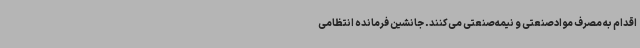
اقدام به مصرف موادصنعتی و نیمه‌صنعتی می‌کنند. جانشین فرمانده انتظامی